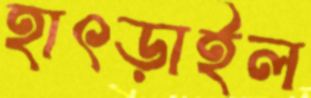
হাৎড়াইল